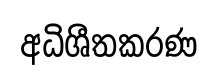
අධිශීතකරණ